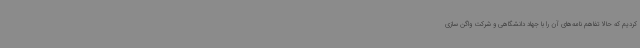
کردیم که حالا تفاهم نامه‌های آن را با جهاد دانشگاهی و شرکت واگن سازی